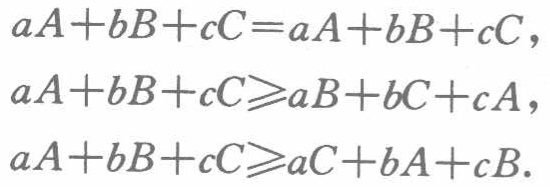
\[

\begin{align*}

aA + bB + cC&=aA + bB + cC,\\

aA + bB + cC&\geqslant aB + bC + cA,\\

aA + bB + cC&\geqslant aC + bA + cB.

\end{align*}

\]